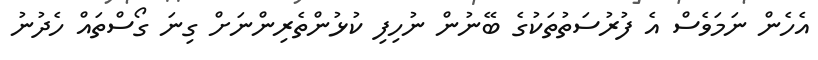
އެހެން ނަމަވެސް އެ ފުރުސަތުތަކުގެ ބޭނުން ނުހިފި ކުޅުންތެރިންނަށް ގިނަ ގޯސްތައް ހެދުނު